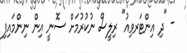
- "ދި އިންޓަރވިއު" ރިލީސް ނުކުރުމަށް ސޮނީ އިން ނިންމައިފި